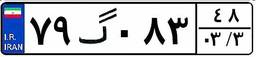
۳۵گ۹۲۴۶۰